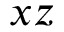
x z